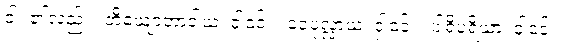
ဝါ၊ ၏လည်း။ ဘိယျောဘာဝါယ၊ ငှါ၎င်း။ ဝေပုလ္လာယ၊ ငှါ၎င်း။ ပါရိပူရိယာ၊ ငှါ၎င်း။